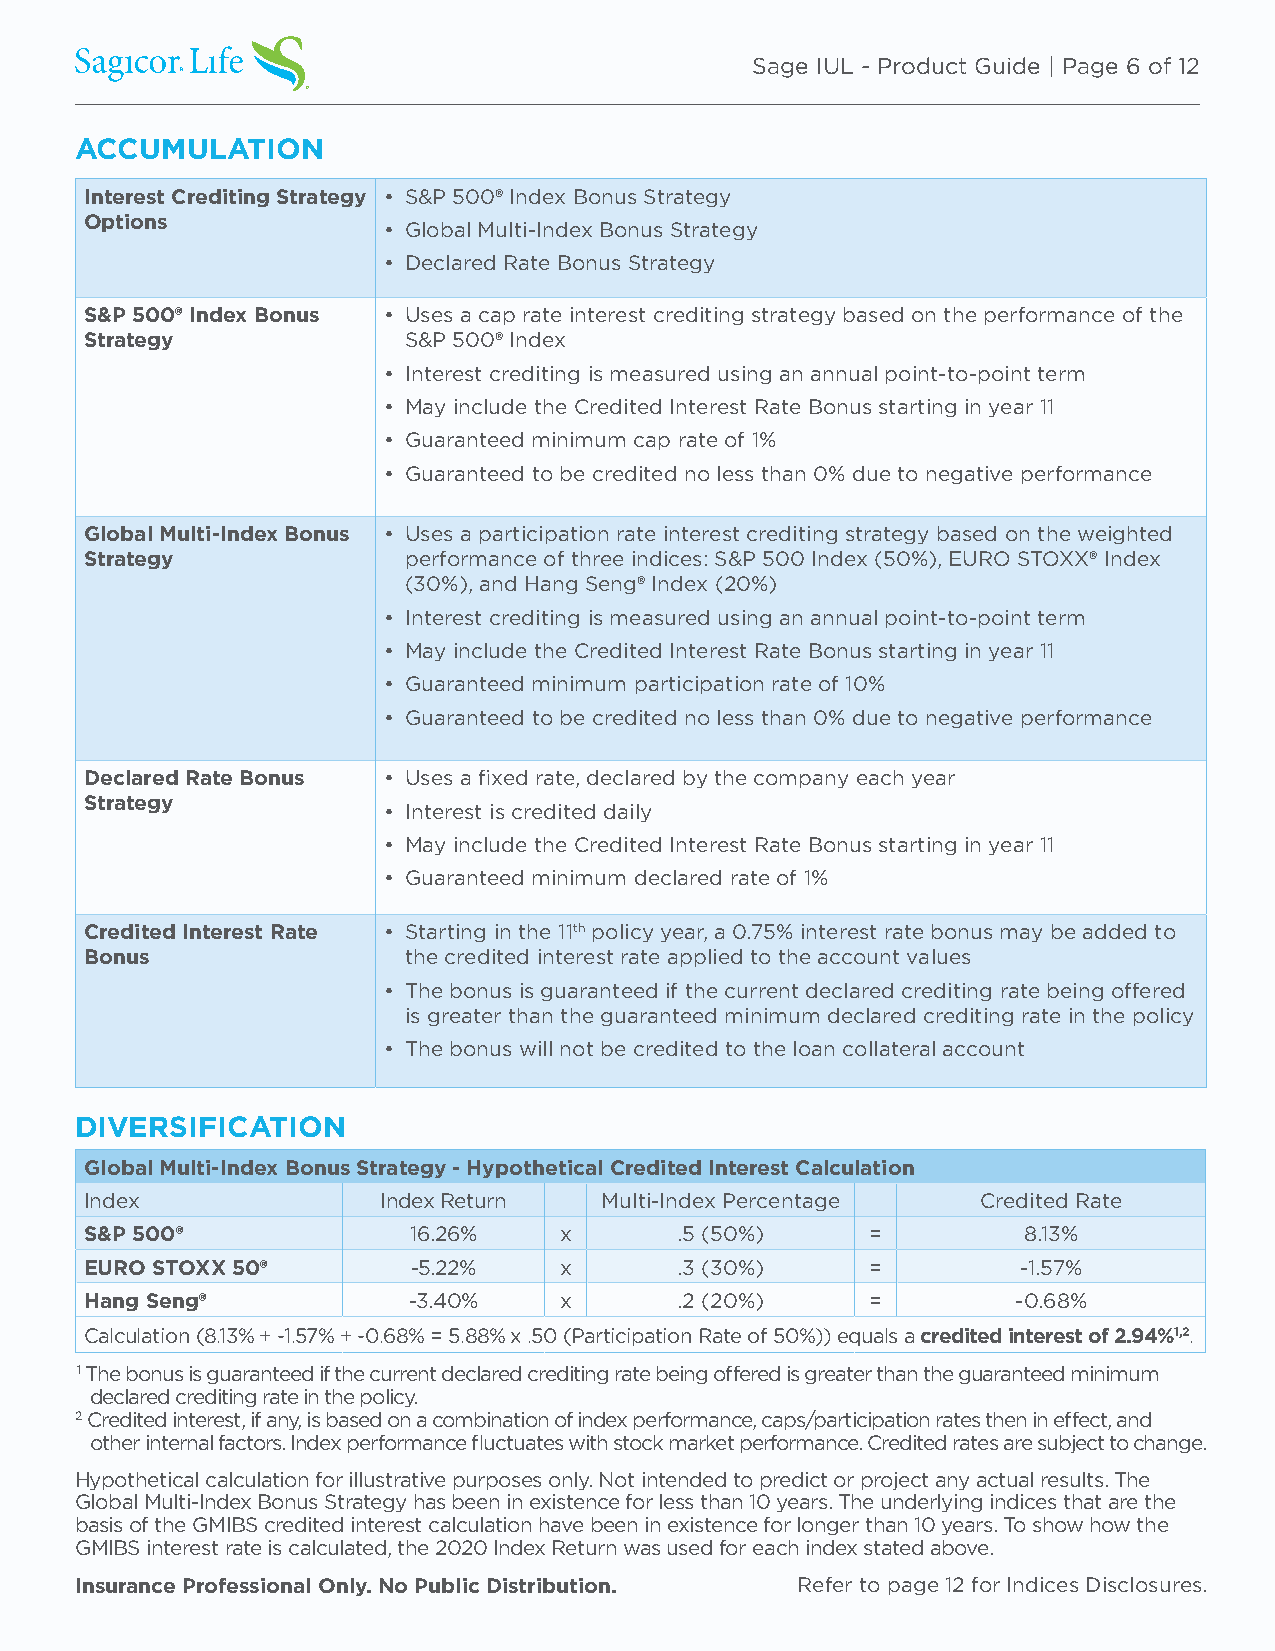
Sage IUL - Product Guide | Page 6 of 12
 ACCUMULATION
 Interest Crediting Strategy • S&P 500® Index Bonus Strategy
 Options
 • Global Multi-Index Bonus Strategy
 • Declared Rate Bonus Strategy
 S&P 500® Index Bonus • Uses a cap rate interest crediting strategy based on the performance of the
 Strategy             S&P 500® Index
 • Interest crediting is measured using an annual point-to-point term
 • May include the Credited Interest Rate Bonus starting in year 11
 • Guaranteed minimum cap rate of 1%
 • Guaranteed to be credited no less than 0% due to negative performance
 Global Multi-Index Bonus • Uses a participation rate interest crediting strategy based on the weighted
 Strategy             performance of three indices: S&P 500 Index (50%), EURO STOXX® Index
 (30%), and Hang Seng® Index (20%)
 • Interest crediting is measured using an annual point-to-point term
 • May include the Credited Interest Rate Bonus starting in year 11
 • Guaranteed minimum participation rate of 10%
 • Guaranteed to be credited no less than 0% due to negative performance
 Declared Rate Bonus • Uses a fixed rate, declared by the company each year
 Strategy
 • Interest is credited daily
 • May include the Credited Interest Rate Bonus starting in year 11
 • Guaranteed minimum declared rate of 1%
 Credited Interest Rate • Starting in the 11th policy year, a 0.75% interest rate bonus may be added to
 Bonus                the credited interest rate applied to the account values
 • The bonus is guaranteed if the current declared crediting rate being offered
 is greater than the guaranteed minimum declared crediting rate in the policy
 • The bonus will not be credited to the loan collateral account
 DIVERSIFICATION
 Global Multi-Index Bonus Strategy - Hypothetical Credited Interest Calculation
 Index              Index Return   Multi-Index Percentage   Credited Rate
 S&P 500®             16.26%    x       .5 (50%)     =         8.13%
 EURO STOXX 50®       -5.22%    x       .3 (30%)     =         -1.57%
 Hang Seng®           -3.40%    x       .2 (20%)     =        -0.68%
 Calculation (8.13% + -1.57% + -0.68% = 5.88% x .50 (Participation Rate of 50%)) equals a credited interest of 2.94%1,2.
 1 The bonus is guaranteed if the current declared crediting rate being offered is greater than the guaranteed minimum
 declared crediting rate in the policy.
 2 Credited interest, if any, is based on a combination of index performance, caps/participation rates then in effect, and
 other internal factors. Index performance fluctuates with stock market performance. Credited rates are subject to change.
 Hypothetical calculation for illustrative purposes only. Not intended to predict or project any actual results. The
 Global Multi-Index Bonus Strategy has been in existence for less than 10 years. The underlying indices that are the
 basis of the GMIBS credited interest calculation have been in existence for longer than 10 years. To show how the
 GMIBS interest rate is calculated, the 2020 Index Return was used for each index stated above.
 Insurance Professional Only. No Public Distribution. Refer to page 12 for Indices Disclosures.